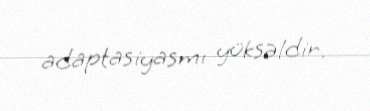
adaptasiyasmı yüksəldir.